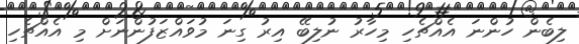
ލިބެން ހުންނަ އެއްޗެހި މިހާރު ނުލިބޭ އިރު ގިނަ މުވައްޒަފުންނަށް މި އެއްޗެހި